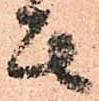
其